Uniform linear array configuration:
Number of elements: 16
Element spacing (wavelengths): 0.75
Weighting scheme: kaiser
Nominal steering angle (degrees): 60
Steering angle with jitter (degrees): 60.814
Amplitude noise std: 0.05
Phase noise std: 0.05

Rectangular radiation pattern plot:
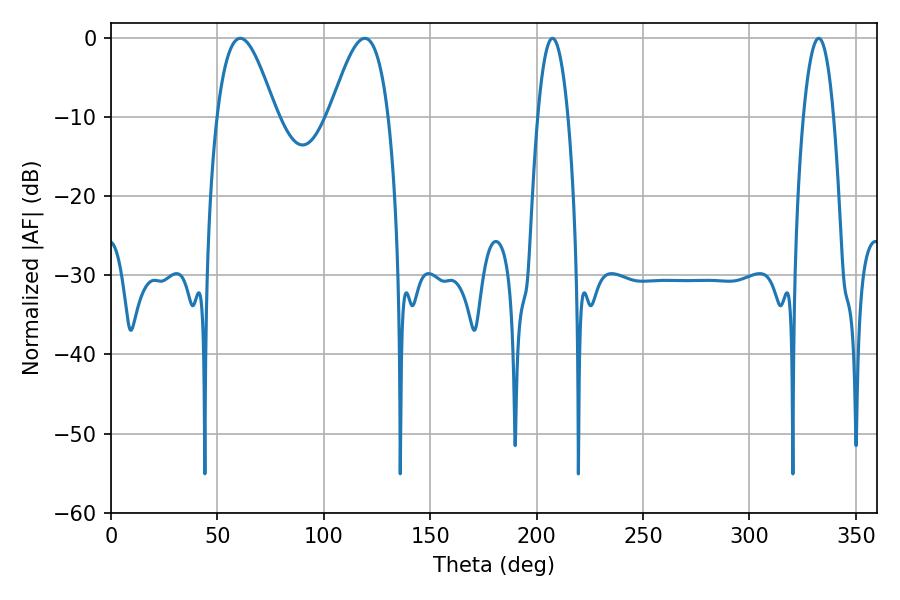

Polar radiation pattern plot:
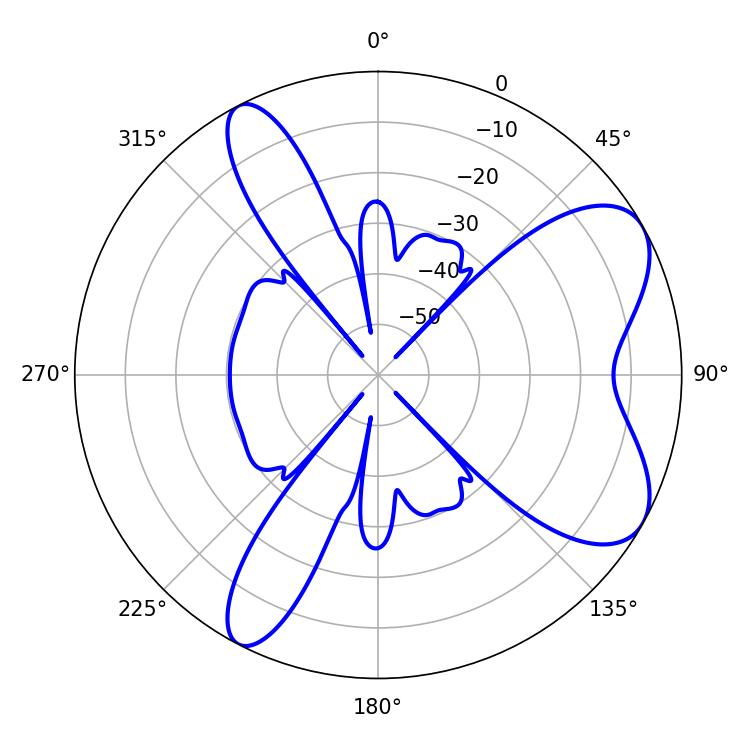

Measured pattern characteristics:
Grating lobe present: TRUE
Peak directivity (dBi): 7.205
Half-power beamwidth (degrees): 14.94
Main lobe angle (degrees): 60.66